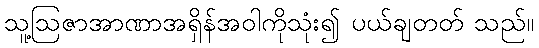
သူ့ဩဇာအာဏာအရှိန်အဝါကိုသုံး၍ ပယ်ချတတ် သည်။